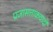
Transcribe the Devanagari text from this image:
प्रजासत्ताकवादी